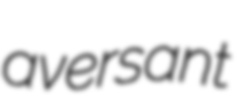
aversant